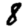
Digit: 8